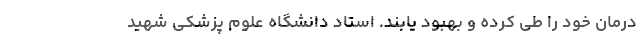
درمان خود را طی کرده و بهبود یابند. استاد دانشگاه علوم پزشکی شهید